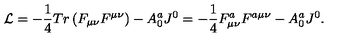
{ \cal L } = - \frac { 1 } { 4 } T r \left( { F _ { \mu \nu } F ^ { \mu \nu } } \right) - A _ { 0 } ^ { a } J ^ { 0 } = - \frac { 1 } { 4 } F _ { \mu \nu } ^ { a } F ^ { a \mu \nu } - A _ { 0 } ^ { a } J ^ { 0 } .